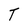
Character: T